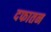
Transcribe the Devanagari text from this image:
दफातन